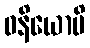
ဓနိယောပိ